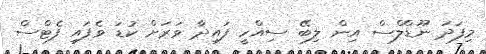
މިފަދަ ނޫޑްލްސް އިން ލިބޭ ސިއްހީ ފައިދާ ވަރަށް ކުޑަ ވެފައި ފެޓްސް